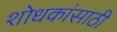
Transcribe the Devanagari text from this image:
शोधकांसाठी